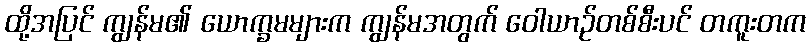
ထို့အပြင် ကျွန်မ၏ ယောက္ခမများက ကျွန်မအတွက် ဝေါယာဉ်တစ်စီးပင် တကူးတက